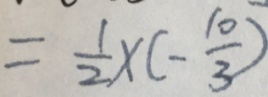
= \frac { 1 } { 2 } \times ( - \frac { 1 0 } { 3 } )